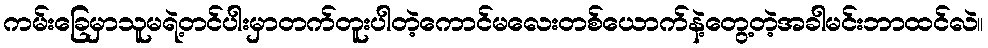
ကမ်းခြေမှာသူမရဲ့တင်ပါးမှာတက်တူးပါတဲ့ကောင်မလေးတစ်ယောက်နဲ့တွေ့တဲ့အခါမင်းဘာထင်လဲ။